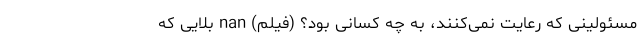
مسئولینی که رعایت نمی‌کنند، به چه کسانی بود؟ (فیلم) nan بلایی که